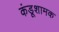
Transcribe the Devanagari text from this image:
कंडूशामक